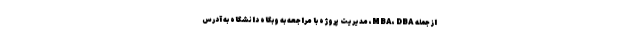
از جمله MBA، DBA، مدیریت پروژه با مراجعه به وبگاه دانشگاه به آدرس